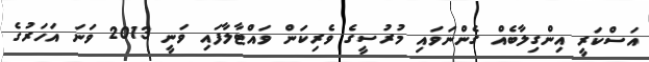
އަސްކަރީ އިންގިލާބެއް ގެންނަވައި މުރުސީގެ ވެރިކަން ވައްޓާލާފައި ވަނީ 2013 ވަނަ އަހަރުގެ